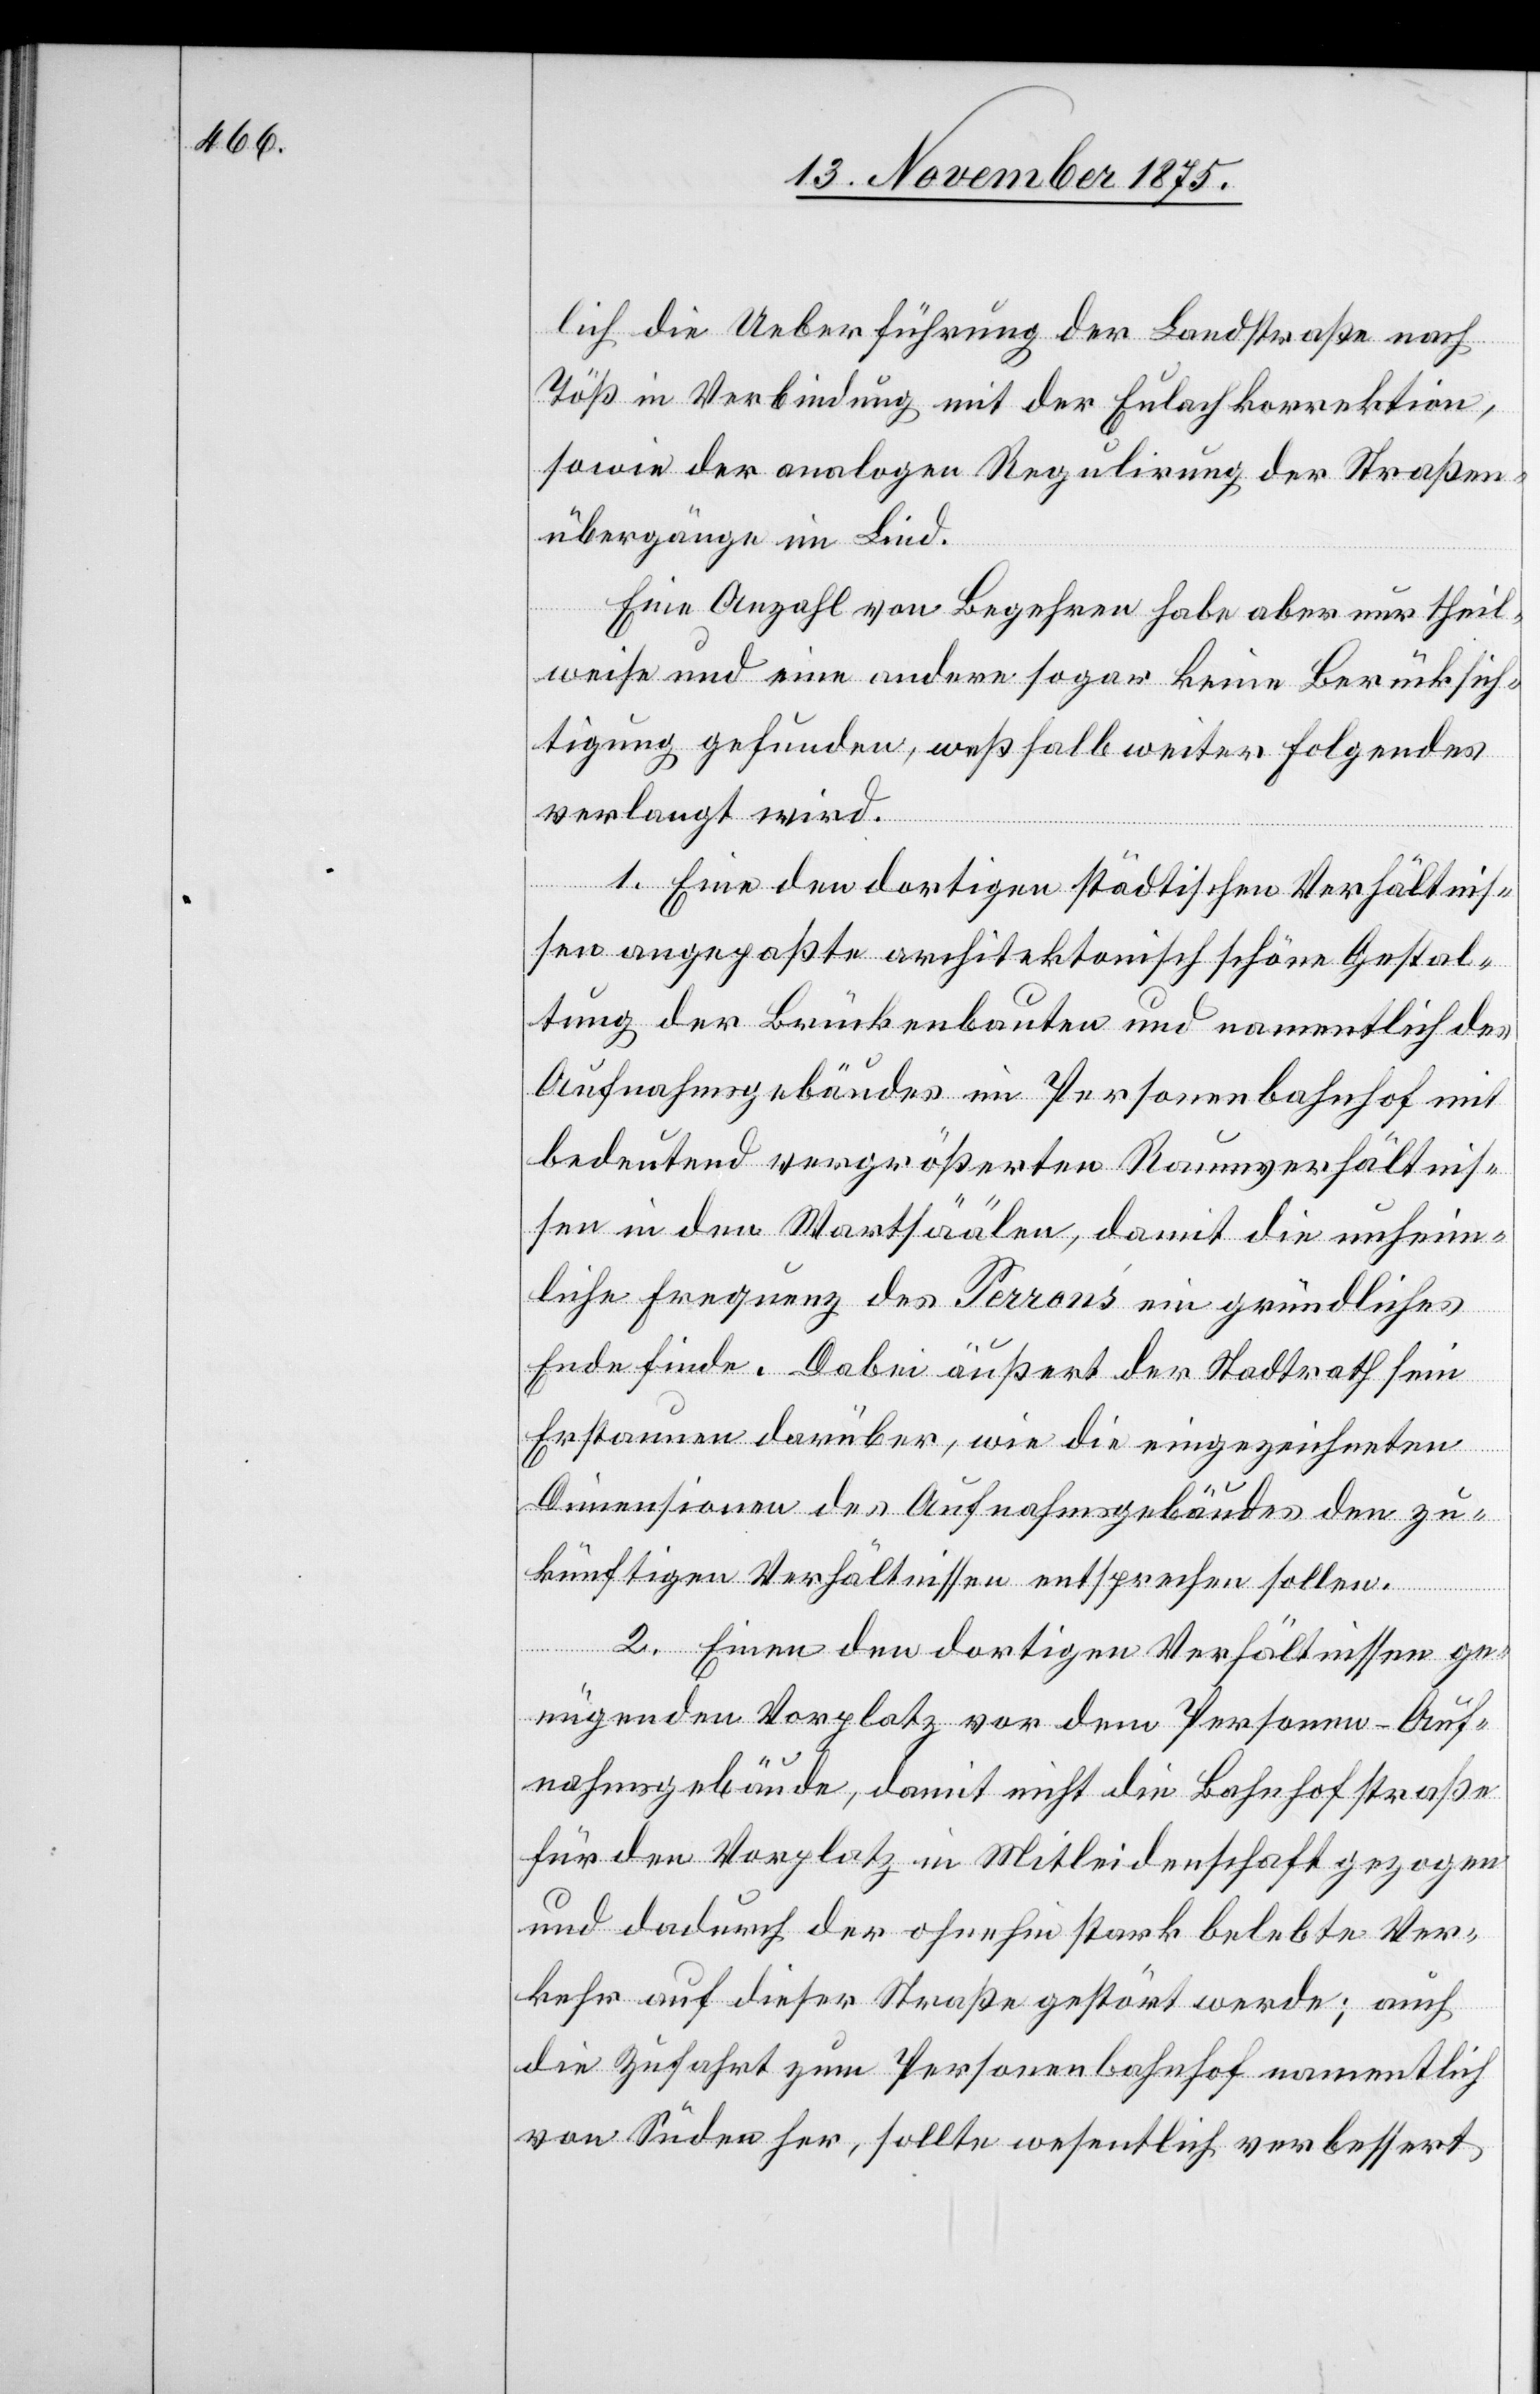
lich die Ueberführung der Landstraße nach
Töß in Verbindung mit der Eulachkorrektion,
sowie der analogen Regulirung der Straßen¬
übergänge im Lind.
Eine Anzahl von Begehren habe aber nur theil¬
weise und eine andere sogar keine Berücksich¬
tigung gefunden, weßhalb weiter Folgendes
verlangt wird.
1. Eine den dortigen städtischen Verhältnis¬
sen angepaßte architektonisch schöne Gestal¬
tung der Brückenbauten und namentlich des
Aufnahmsgebäudes im Personenbahnhof mit
bedeutend vergrößerten Raumverhältnis¬
sen in den Wartsäälen, damit die unheim¬
liche Frequenz des Perrons ein gründliches
Ende finde. Dabei äußert der Stadtrath sein
Erstaunen darüber, wie die eingezeichneten
Dimensionen des Aufnahmsgebäudes den zu¬
künftigen Verhältnissen entsprechen sollen.
2. Einen den dortigen Verhältnissen ge¬
nügenden Vorplatz vor dem Personen-Auf¬
nahmsgebäude, damit nicht die Bahnhofstraße
für den Vorplatz in Mitleidenschaft gezogen
und dadurch der ohnehin stark belebte Ver¬
kehr auf dieser Straße gestört werde; auch
die Zufahrt zum Personenbahnhof namentlich
von Süden her, sollte wesentlich verbessert